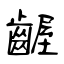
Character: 齷